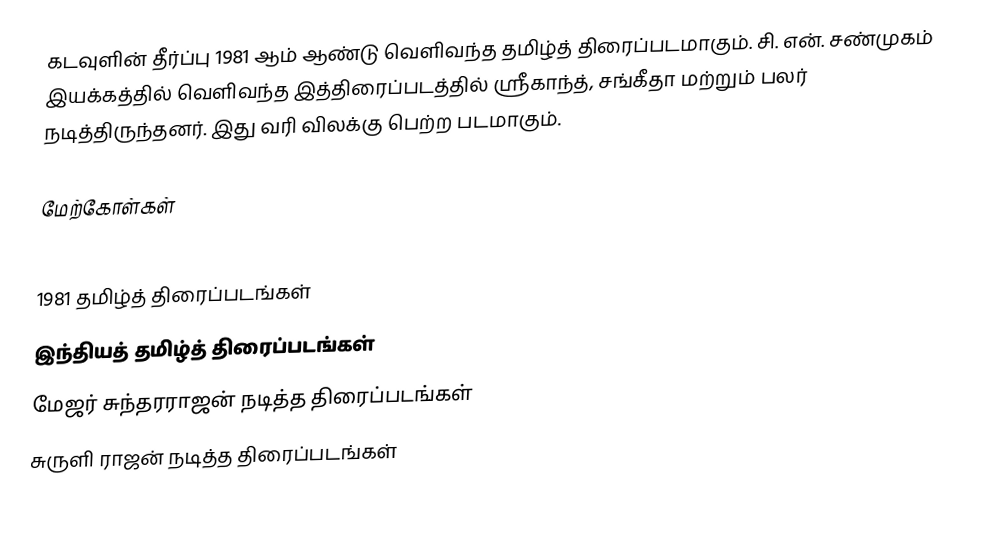
கடவுளின் தீர்ப்பு 1981 ஆம் ஆண்டு வெளிவந்த தமிழ்த் திரைப்படமாகும். சி. என். சண்முகம் இயக்கத்தில் வெளிவந்த இத்திரைப்படத்தில் ஸ்ரீகாந்த், சங்கீதா மற்றும் பலர் நடித்திருந்தனர். இது வரி விலக்கு பெற்ற படமாகும்.

மேற்கோள்கள்

1981 தமிழ்த் திரைப்படங்கள்
இந்தியத் தமிழ்த் திரைப்படங்கள்
மேஜர் சுந்தரராஜன் நடித்த திரைப்படங்கள்
சுருளி ராஜன் நடித்த திரைப்படங்கள்